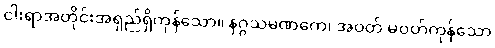
ငါးရာအတိုင်းအရှည်ရှိကုန်သော။ နဂ္ဂသမဏကေ၊ အဝတ် မဝတ်ကုန်သော